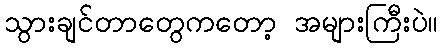
သွားချင်တာတွေကတော့ အများကြီးပဲ။